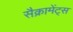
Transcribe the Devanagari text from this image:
सैक्रामेंट्स